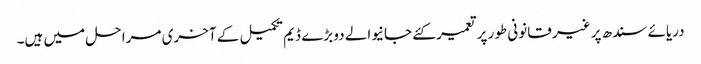
دریائے سندھ پر غیر قانونی طور پر تعمیر کئے جانیوالے دو بڑے ڈیم تکمیل کے آخری مرا حل میں ہیں۔